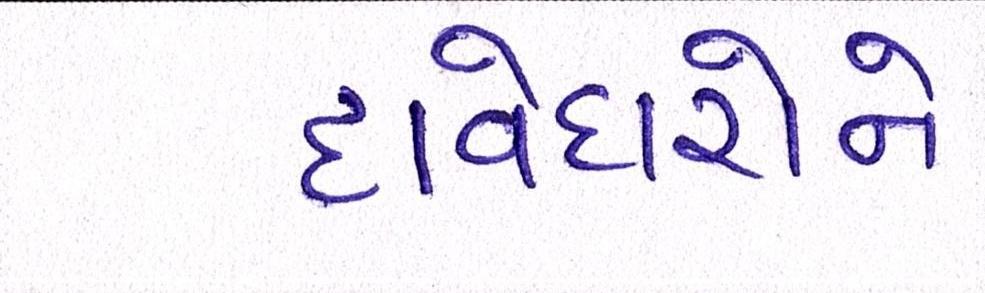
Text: દાવેદારોને